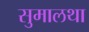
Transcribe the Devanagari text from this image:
सुमालथा